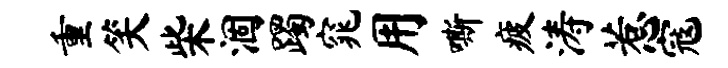
重笑柴涸躅窕用嘶疲涛惹寇